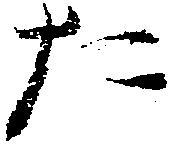
た